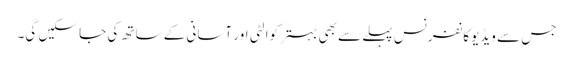
جس سے ویڈیوکانفرنس پہلے سے بھی بہتر کوالٹی اور آسانی کے ساتھ کی جا سکیں گی۔